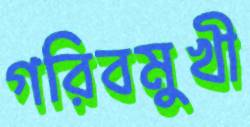
গরিবমুখী